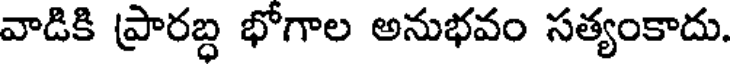
వాడికి ప్రారబ్ధ భోగాల అనుభవం సత్యంకాదు.